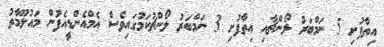
އިތާފުށި 5 ނަމްބަރު ލޯންޗާއި އިތާފުށި 3 ނަމްބަރު ލޯންޗުކަމުގައިވެސް އެމްއެންޑީއެފުން މައުލޫމާތު